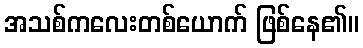
အသစ်ကလေးတစ်ယောက် ဖြစ်နေ၏။